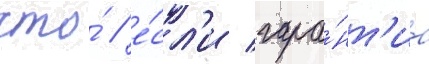
что́ / е́сл'и гара́нт'иа